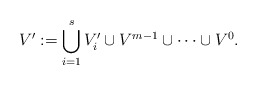
\begin{align*} V':=\bigcup_{i=1}^s V'_i \cup V^{m-1}\cup\cdots\cup V^0. \end{align*}